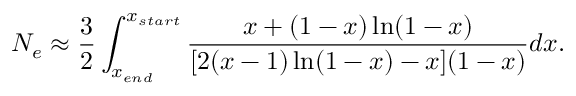
N _ { e } \approx \frac { 3 } { 2 } \int _ { x _ { e n d } } ^ { x _ { s t a r t } } \frac { x + ( 1 - x ) \ln ( 1 - x ) } { [ 2 ( x - 1 ) \ln ( 1 - x ) - x ] ( 1 - x ) } d x .